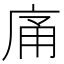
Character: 𭙡